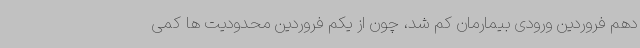
دهم فروردین ورودی بیمارمان کم شد، چون از یکم فروردین محدودیت ها کمی